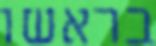
בראשו